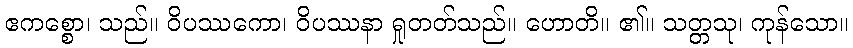
ဧကစ္စော၊ သည်။ ဝိပဿကော၊ ဝိပဿနာ ရှုတတ်သည်။ ဟောတိ။ ၏။ သတ္တသု၊ ကုန်သော။